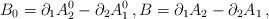
LaTeX: \begin{align*}B_0=\partial_1A^0_2-\partial_2A^0_1\,, B=\partial_1A_2-\partial_2A_1\,,\end{align*}